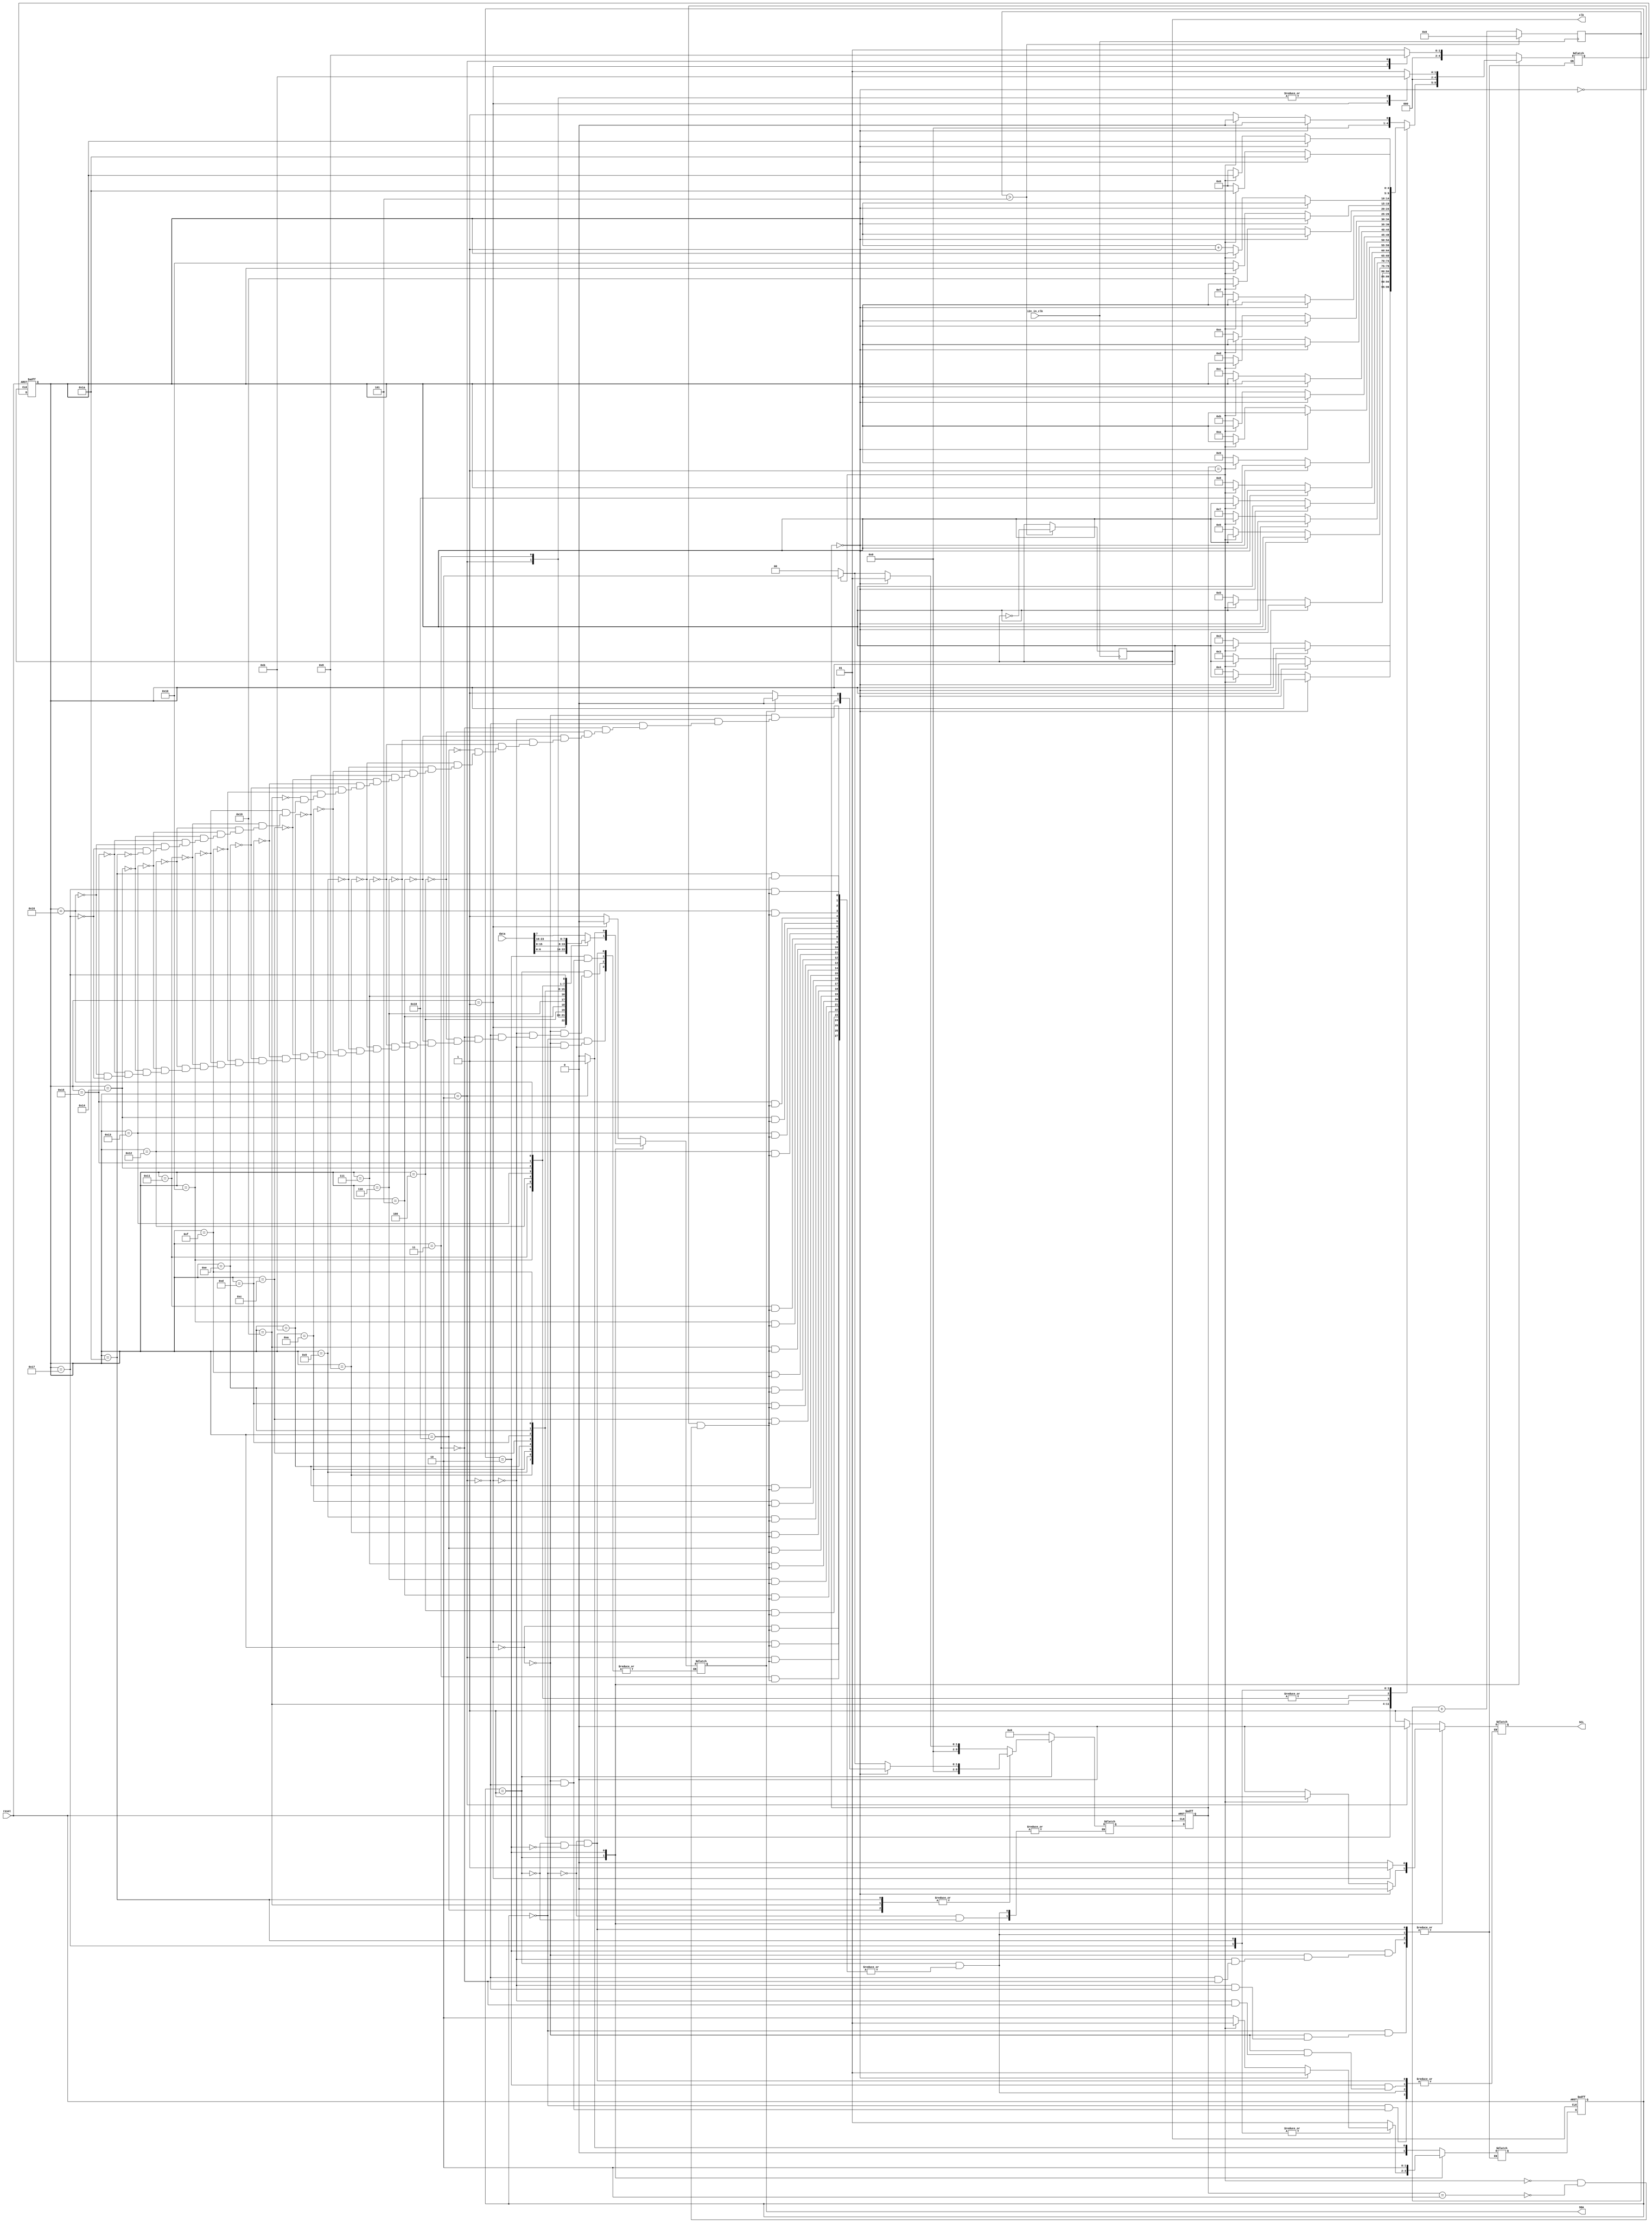


module i2c_driver (i2c_in_clk,reset, data, clk,SDA,SCL);

input i2c_in_clk;
input reset;
input [23:0] data ;
output clk;
output reg SDA;
output reg SCL;
//output reg [7:0] LED;

reg [31:0] counter;
reg clk_status;
reg sda_status;
reg [5:0] send_substate,next_send_substate;
reg [5:0] data_index,next_data_index;
 
//reg [7:0] LED_status;

localparam [9:0] I2C_clock = 1000;
localparam [31:0] I2C_clock_divider = 50000000/(2*I2C_clock);
	localparam [1:0] START = 2'b00,
						  SEND = 2'b01,
						  STOP = 2'b10;
reg [7:0] dummy_data;











initial begin
	counter <= 32'b0;
	clk_status <= 1'b0;
	sda_status <= 1'b0;
end

always @ (posedge i2c_in_clk) 
	begin
	counter <= counter + 1'b1;
		if (counter > 5)//125)//117)//5)//500)
			begin
				clk_status <= !clk_status;
				counter <= 32'b0;
			end


	end


	assign clk = clk_status;
	//assign clk = i2c_in_clk;
	//assign LED = LED_status;
//------------------------------------------------

reg [1:0] next_state,current_state;

reg [4:0] next_substate,current_substate;

always @ (posedge clk,negedge reset) 
	begin
			if(~reset)
				begin
					current_state <= START;
					current_substate <= 0;
					
					//data_index<= 0;
					send_substate <= 0;
					
					dummy_data <= 8'b01010101;
					
				end
			else
				begin
					current_state <=   next_state;
					current_substate <= next_substate;
					
					//data_index <= next_data_index ;
					send_substate <= next_send_substate;
					
					
				end
			
	end

	
						  
						  
	//localparam [7:0] SSD1306_ADDRESS = 8'h78;
	
						  
	always @(*)
		begin
		//LED[1:0] <= current_state;
		//LED[4:2] <= current_substate;
		//LED[7:5] <= send_substate;
			
			case(current_state)
					
						START : 
									begin
											//LED<= 8'b00000001; 
											
											case(current_substate)
															
														0:	
																	begin
																			SDA <= 1'b1;
																			SCL <= 1'b1;
																			next_substate <= 1;
																			next_state <= START;
																			
																	end
														1: 
																	begin
																			SDA <= 1'b0; //add SCL also
																			next_substate <= 2;
																			next_state <= START;
																	end
														2: 
																	begin
																			SCL <= 1'b0; //add SDA also
																			next_substate <= 0 ;
																			next_state <= SEND;
																			
																			
																	end
												endcase
												
											next_data_index   <= 0;
											next_send_substate <=0;
									 
									end
									
									
									
					SEND:
							begin
											//LED[1]<=  1;  
											case(current_substate)
															
														0:	
																	begin
																			//i2c_send(SDA, SCL, data,data_index,send_substate);
																			
																			if(send_substate == 0) 
																				begin
																					//SDA <=data[7]; //data[7] ;
																					SCL <= 0;
																					next_state <= SEND;
																					next_send_substate <= 1;
																					next_substate <= 0;
																					//LED[4]<= 1 ;//dummy_data[0] ;
																				end
																			
																			else if(send_substate == 1)
																				begin
																					//SDA <= data[7] ;
																					SCL <= 1;
																					
																					next_state <= SEND;
																					next_send_substate <= 2;
																					next_substate <= 0;
																				end
																			else if(send_substate == 2)
																				begin
																					//SDA <= data[7] ;
																					SCL <= 0;
																					
																					next_state <= SEND;
																					next_send_substate <= 0;
																					next_substate <= 1;
																
																				end
																		SDA <=data[7];
																		next_data_index <= data_index;
																			
																	end
														1: 
																	begin
																			 if(send_substate == 0) 
																				begin
																					//SDA <= data[6] ;
																					SCL <= 0;
																					next_state <= SEND;
																					next_send_substate <= 1;
																					next_substate <= current_substate;
																					//LED[6]<=  1 ;
																				end
																			
																			else if(send_substate == 1)
																				begin
																					//SDA <= data[6] ;
																					SCL <= 1;
																					next_state <= SEND;
																					next_send_substate <= 2;
																					next_substate <= current_substate;
																				end
																			else if(send_substate == 2)
																				begin
																					//SDA <= data[6] ;
																					SCL <= 0;
																					next_send_substate <= 0;
																					next_state <= SEND;
																					next_substate <= 2;
																				end
																			SDA <= data[6] ;
																			next_data_index <= data_index;

																	end
														2: 
																	begin
																			if(send_substate == 0) 
																				begin
																					//SDA <= data[5] ;
																					SCL <= 0;
																					next_state <= SEND;
																					next_send_substate <= 1;
																					next_substate <= current_substate;
																				end
																			
																			else if(send_substate == 1)
																				begin
																					//SDA <= data[5] ;
																					SCL <= 1;
																					next_state <= SEND;
																					next_send_substate <= 2;
																					next_substate <= current_substate;
																				end
																			else if(send_substate == 2)
																				begin
																					//SDA <= data[5] ;
																					SCL <= 0;
																					next_send_substate <= 0;
																					next_state <= SEND;
																					next_substate <= 3;
																				end
																			SDA <= data[5];
																			next_data_index <= data_index;
																			  
																	end
														3: 
																	begin
																			if(send_substate == 0) 
																				begin
																					//SDA <= data[4] ;
																					SCL <= 0;
																					next_state <= SEND;
																					next_send_substate <= 1;
																					next_substate <= current_substate;
																					//LED[6]<=  1 ;
																				end
																			
																			else if(send_substate == 1)
																				begin
																					//SDA <= data[4] ;
																					SCL <= 1;
																					next_state <= SEND;
																					next_send_substate <= 2;
																					next_substate <= current_substate;
																					next_data_index <= data_index;
																				end
																			else if(send_substate == 2)
																				begin
																					//SDA <= data[4] ;
																					SCL <= 0;
																					next_send_substate <= 0;
																					next_state <= SEND;
																					next_substate <= 4;
																				end
																			
																			SDA <= data[4] ;
																			next_data_index <= data_index;
																			  
																	end
														4: 
																	begin
																			if(send_substate == 0) 
																				begin
																					//SDA <= data[3] ;
																					SCL <= 0;
																					next_state <= SEND;
																					next_send_substate <= 1;
																					next_substate <= current_substate;
																					//LED[6]<=  1 ;
																				end
																			
																			else if(send_substate == 1)
																				begin
																					//SDA <= data[3] ;
																					SCL <= 1;
																					next_state <= SEND;
																					next_send_substate <= 2;
																					next_substate <= current_substate;
																				end
																			else if(send_substate == 2)
																				begin
																					//SDA <= data[3] ;
																					SCL <= 0;
																					next_send_substate <= 0;
																					next_state <= SEND;
																					next_substate <= 5;
																				end
																			SDA <= data[3] ;
																			next_data_index <= data_index;
																			  
																	end
														5: 
																	begin
																			if(send_substate == 0) 
																				begin
																					//SDA <= data[2] ;
																					SCL <= 0;
																					next_state <= SEND;
																					next_send_substate <= 1;
																					next_substate <= current_substate;
																					//LED[6]<=  1 ;
																				end
																			
																			else if(send_substate == 1)
																				begin
																					//SDA <= data[2] ;
																					SCL <= 1;
																					next_state <= SEND;
																					next_send_substate <= 2;
																					next_substate <= current_substate;
																				end
																			else if(send_substate == 2)
																				begin
																					//SDA <= data[2] ;
																					SCL <= 0;
																					next_send_substate <= 0;
																					next_state <= SEND;
																					next_substate <= 6;
																				end
																			SDA <= data[2] ;
																			next_data_index <= data_index;
																			  
																	end
														6: 
																	begin
																			if(send_substate == 0) 
																				begin
																					//SDA <= data[1] ;
																					SCL <= 0;
																					next_state <= SEND;
																					next_send_substate <= 1;
																					next_substate <= current_substate;
																					//LED[6]<=  1 ;
																				end
																			
																			else if(send_substate == 1)
																				begin
																					//SDA <= data[1] ;
																					SCL <= 1;
																					next_state <= SEND;
																					next_send_substate <= 2;
																					next_substate <= current_substate;
																				end
																			else if(send_substate == 2)
																				begin
																					//SDA <= data[1] ;
																					SCL <= 0;
																					next_send_substate <= 0;
																					next_state <= SEND;
																					next_substate <= 7;
																				end
																			SDA <= data[1] ;
																			next_data_index <= data_index;
																			  
																	end
														7: 
																	begin
																			if(send_substate == 0) 
																				begin
																					//SDA <= data[0] ;
																					SCL <= 0;
																					next_state <= SEND;
																					next_send_substate <= 1;
																					next_substate <= current_substate;
																					//LED[6]<=  1 ;
																				end
																			
																			else if(send_substate == 1)
																				begin
																					//SDA <= data[0] ;
																					SCL <= 1;
																					next_state <= SEND;
																					next_send_substate <= 2;
																					next_substate <= current_substate;
																				end
																			else if(send_substate == 2)
																				begin
																					//SDA <= data[0] ;
																					SCL <= 0;
																					next_send_substate <= 0;
																					next_substate <= 24;
																					next_state <= SEND;
																					
																				end
																				
																			SDA <= data[0] ;
																			
																	end
														24: 
																	begin
																			if(send_substate == 0) 
																				begin
																					//SDA <= data[0] ;
																					SCL <= 0;
																					next_state <= SEND;
																					
																					next_substate <= current_substate;
																					//LED[6]<=  1 ;
																					if(SDA  == 1)
																						next_send_substate <= 0;
																					else
																						next_send_substate <= 1;
																				end
																			
																			else if(send_substate == 1)
																				begin
																					//SDA <= data[0] ;
																					SCL <= 1;
																					next_state <= SEND;
																					next_send_substate <= 2;
																					next_substate <= current_substate;
																				end
																			else if(send_substate == 2)
																				begin
																					//SDA <= data[0] ;
																					SCL <= 0;
																					next_send_substate <= 0;
																					next_substate <= 8;
																					next_state <= SEND;
																					
																				end
																																				
																	end
														8:	
																	begin
																			//i2c_send(SDA, SCL, data,data_index,send_substate);
																			
																			if(send_substate == 0) 
																				begin
																					//SDA <=data[15]; //data[7] ;
																					SCL <= 0;
																					next_state <= SEND;
																					next_send_substate <= 1;
																					next_substate <= current_substate;
																					//LED[4]<= 1 ;//dummy_data[0] ;
																				end
																			
																			else if(send_substate == 1)
																				begin
																					//SDA <= data[15] ;
																					SCL <= 1;
																					
																					next_state <= SEND;
																					next_send_substate <= 2;
																					next_substate <= current_substate;
																				end
																			else if(send_substate == 2)
																				begin
																					//SDA <= data[15] ;
																					SCL <= 0;
																					
																					next_state <= SEND;
																					next_send_substate <= 0;
																					next_substate <= 9;
																
																				end
																		SDA <= data[15] ;
																		next_data_index <= data_index;
																			
																	end
														9: 
																	begin
																			 if(send_substate == 0) 
																				begin
																					//SDA <= data[14] ;
																					SCL <= 0;
																					next_state <= SEND;
																					next_send_substate <= 1;
																					next_substate <= current_substate;
																					//LED[6]<=  1 ;
																				end
																			
																			else if(send_substate == 1)
																				begin
																					//SDA <= data[14] ;
																					SCL <= 1;
																					next_state <= SEND;
																					next_send_substate <= 2;
																					next_substate <= current_substate;
																				end
																			else if(send_substate == 2)
																				begin
																					//SDA <= data[14] ;
																					SCL <= 0;
																					next_send_substate <= 0;
																					next_state <= SEND;
																					next_substate <= 10;
																				end
																			SDA <= data[14] ;
																			next_data_index <= data_index;

																	end
														10: 
																	begin
																			if(send_substate == 0) 
																				begin
																					//SDA <= data[13] ;
																					SCL <= 0;
																					next_state <= SEND;
																					next_send_substate <= 1;
																					next_substate <= current_substate;
																				end
																			
																			else if(send_substate == 1)
																				begin
																					//SDA <= data[13] ;
																					SCL <= 1;
																					next_state <= SEND;
																					next_send_substate <= 2;
																					next_substate <= current_substate;
																				end
																			else if(send_substate == 2)
																				begin
																					//SDA <= data[13] ;
																					SCL <= 0;
																					next_send_substate <= 0;
																					next_state <= SEND;
																					next_substate <= 11;
																				end
																			SDA <= data[13] ;
																			next_data_index <= data_index;
																			  
																	end
														11: 
																	begin
																			if(send_substate == 0) 
																				begin
																					//SDA <= data[12] ;
																					SCL <= 0;
																					next_state <= SEND;
																					next_send_substate <= 1;
																					next_substate <= current_substate;
																					//LED[6]<=  1 ;
																				end
																			
																			else if(send_substate == 1)
																				begin
																					//SDA <= data[12] ;
																					SCL <= 1;
																					next_state <= SEND;
																					next_send_substate <= 2;
																					next_substate <= current_substate;
																					next_data_index <= data_index;
																				end
																			else if(send_substate == 2)
																				begin
																					//SDA <= data[12] ;
																					SCL <= 0;
																					next_send_substate <= 0;
																					next_state <= SEND;
																					next_substate <= 12;
																				end
																			
																			SDA <= data[12] ;
																			next_data_index <= data_index;
																			  
																	end
														12: 
																	begin
																			if(send_substate == 0) 
																				begin
																					//SDA <= data[11] ;
																					SCL <= 0;
																					next_state <= SEND;
																					next_send_substate <= 1;
																					next_substate <= current_substate;
																					//LED[6]<=  1 ;
																				end
																			
																			else if(send_substate == 1)
																				begin
																					//SDA <= data[11] ;
																					SCL <= 1;
																					next_state <= SEND;
																					next_send_substate <= 2;
																					next_substate <= current_substate;
																				end
																			else if(send_substate == 2)
																				begin
																					//SDA <= data[11] ;
																					SCL <= 0;
																					next_send_substate <= 0;
																					next_state <= SEND;
																					next_substate <= 13;
																				end
																				
																			SDA <= data[11] ;
																			next_data_index <= data_index;
																			  
																	end
														13: 
																	begin
																			if(send_substate == 0) 
																				begin
																					//SDA <= data[10] ;
																					SCL <= 0;
																					next_state <= SEND;
																					next_send_substate <= 1;
																					next_substate <= current_substate;
																					//LED[6]<=  1 ;
																				end
																			
																			else if(send_substate == 1)
																				begin
																					//SDA <= data[10] ;
																					SCL <= 1;
																					next_state <= SEND;
																					next_send_substate <= 2;
																					next_substate <= current_substate;
																				end
																			else if(send_substate == 2)
																				begin
																					//SDA <= data[10] ;
																					SCL <= 0;
																					next_send_substate <= 0;
																					next_state <= SEND;
																					next_substate <= 14;
																				end
																			SDA <= data[10] ;
																			next_data_index <= data_index;
																			  
																	end
														14: 
																	begin
																			if(send_substate == 0) 
																				begin
																					//SDA <= data[9] ;
																					SCL <= 0;
																					next_state <= SEND;
																					next_send_substate <= 1;
																					next_substate <= current_substate;
																					//LED[6]<=  1 ;
																				end
																			
																			else if(send_substate == 1)
																				begin
																					//SDA <= data[9] ;
																					SCL <= 1;
																					next_state <= SEND;
																					next_send_substate <= 2;
																					next_substate <= current_substate;
																				end
																			else if(send_substate == 2)
																				begin
																					//SDA <= data[9] ;
																					SCL <= 0;
																					next_send_substate <= 0;
																					next_state <= SEND;
																					next_substate <= 15;
																				end
																			SDA <= data[9] ;
																			next_data_index <= data_index;
																			  
																	end
														15: 
																	begin
																			if(send_substate == 0) 
																				begin
																					//SDA <= data[8] ;
																					SCL <= 0;
																					next_state <= SEND;
																					next_send_substate <= 1;
																					next_substate <= current_substate;
																					//LED[6]<=  1 ;
																				end
																			
																			else if(send_substate == 1)
																				begin
																					//SDA <= data[8] ;
																					SCL <= 1;
																					next_state <= SEND;
																					next_send_substate <= 2;
																					next_substate <= current_substate;
																				end
																			else if(send_substate == 2)
																				begin
																					//SDA <= data[8] ;
																					SCL <= 0;
																					next_send_substate <= 0;
																					next_substate <= 25;
																					next_state <= SEND;
																					
																				end
																			
																			SDA <= data[8] ;
																			
																			  
																	end
														
														25: 
																	begin
																			if(send_substate == 0) 
																				begin
																					//SDA <= data[0] ;
																					SCL <= 0;
																					next_state <= SEND;
																					
																					next_substate <= current_substate;
																					//LED[6]<=  1 ;
																					if(SDA  == 1)
																						next_send_substate <= 0;
																					else
																						next_send_substate <= 1;
																				end
																			
																			else if(send_substate == 1)
																				begin
																					//SDA <= data[0] ;
																					SCL <= 1;
																					next_state <= SEND;
																					next_send_substate <= 2;
																					next_substate <= current_substate;
																				end
																			else if(send_substate == 2)
																				begin
																					//SDA <= data[0] ;
																					SCL <= 0;
																					next_send_substate <= 0;
																					next_substate <= 16;
																					next_state <= SEND;
																					
																				end
																																				
																	end
														
														16:	
																	begin
																			//i2c_send(SDA, SCL, data,data_index,send_substate);
																			
																			if(send_substate == 0) 
																				begin
																					//SDA <=data[23]; //data[7] ;
																					SCL <= 0;
																					next_state <= SEND;
																					next_send_substate <= 1;
																					next_substate <= current_substate;
																					//LED[4]<= 1 ;//dummy_data[0] ;
																				end
																			
																			else if(send_substate == 1)
																				begin
																					//SDA <= data[23] ;
																					SCL <= 1;
																					
																					next_state <= SEND;
																					next_send_substate <= 2;
																					next_substate <= current_substate;
																				end
																			else if(send_substate == 2)
																				begin
																					//SDA <= data[23] ;
																					SCL <= 0;
																					
																					next_state <= SEND;
																					next_send_substate <= 0;
																					next_substate <= current_substate+1;
																
																				end
																		SDA <=data[23];
																		next_data_index <= data_index;
																			
																	end
														17: 
																	begin
																			 if(send_substate == 0) 
																				begin
																					//SDA <= data[22] ;
																					SCL <= 0;
																					next_state <= SEND;
																					next_send_substate <= 1;
																					next_substate <= current_substate;
																					//LED[6]<=  1 ;
																				end
																			
																			else if(send_substate == 1)
																				begin
																					//SDA <= data[22] ;
																					SCL <= 1;
																					next_state <= SEND;
																					next_send_substate <= 2;
																					next_substate <= current_substate;
																				end
																			else if(send_substate == 2)
																				begin
																					//SDA <= data[22] ;
																					SCL <= 0;
																					next_send_substate <= 0;
																					next_state <= SEND;
																					next_substate <= current_substate+1;
																				end
																			SDA <= data[22] ;
																			next_data_index <= data_index;

																	end
														18: 
																	begin
																			if(send_substate == 0) 
																				begin
																					//SDA <= data[21] ;
																					SCL <= 0;
																					next_state <= SEND;
																					next_send_substate <= 1;
																					next_substate <= current_substate;
																				end
																			
																			else if(send_substate == 1)
																				begin
																					//SDA <= data[21] ;
																					SCL <= 1;
																					next_state <= SEND;
																					next_send_substate <= 2;
																					next_substate <= current_substate;
																				end
																			else if(send_substate == 2)
																				begin
																					//SDA <= data[21] ;
																					SCL <= 0;
																					next_send_substate <= 0;
																					next_state <= SEND;
																					next_substate <= current_substate+1;
																				end
																			SDA <= data[21] ;
																			next_data_index <= data_index;
																			  
																	end
														19: 
																	begin
																			if(send_substate == 0) 
																				begin
																					//SDA <= data[20] ;
																					SCL <= 0;
																					next_state <= SEND;
																					next_send_substate <= 1;
																					next_substate <= current_substate;
																					//LED[6]<=  1 ;
																				end
																			
																			else if(send_substate == 1)
																				begin
																					//SDA <= data[20] ;
																					SCL <= 1;
																					next_state <= SEND;
																					next_send_substate <= 2;
																					next_substate <= current_substate;
																					next_data_index <= data_index;
																				end
																			else if(send_substate == 2)
																				begin
																					//SDA <= data[20] ;
																					SCL <= 0;
																					next_send_substate <= 0;
																					next_state <= SEND;
																					next_substate <= current_substate+1;
																				end
																			
																			SDA <= data[20] ;
																			next_data_index <= data_index;
																			  
																	end
														20: 
																	begin
																			if(send_substate == 0) 
																				begin
																					//SDA <= data[19] ;
																					SCL <= 0;
																					next_state <= SEND;
																					next_send_substate <= 1;
																					next_substate <= current_substate;
																					//LED[6]<=  1 ;
																				end
																			
																			else if(send_substate == 1)
																				begin
																					//SDA <= data[19] ;
																					SCL <= 1;
																					next_state <= SEND;
																					next_send_substate <= 2;
																					next_substate <= current_substate;
																				end
																			else if(send_substate == 2)
																				begin
																					//SDA <= data[19] ;
																					SCL <= 0;
																					next_send_substate <= 0;
																					next_state <= SEND;
																					next_substate <= current_substate+1;
																				end
																			SDA <= data[19] ;
																			next_data_index <= data_index;
																			  
																	end
														21: 
																	begin
																			if(send_substate == 0) 
																				begin
																					//SDA <= data[18] ;
																					SCL <= 0;
																					next_state <= SEND;
																					next_send_substate <= 1;
																					next_substate <= current_substate;
																					//LED[6]<=  1 ;
																				end
																			
																			else if(send_substate == 1)
																				begin
																					//SDA <= data[18] ;
																					SCL <= 1;
																					next_state <= SEND;
																					next_send_substate <= 2;
																					next_substate <= current_substate;
																				end
																			else if(send_substate == 2)
																				begin
																					//SDA <= data[18] ;
																					SCL <= 0;
																					next_send_substate <= 0;
																					next_state <= SEND;
																					next_substate <= current_substate+1;
																				end
																			SDA <= data[18] ;
																			next_data_index <= data_index;
																			  
																	end
														22: 
																	begin
																			if(send_substate == 0) 
																				begin
																					//SDA <= data[17] ;
																					SCL <= 0;
																					next_state <= SEND;
																					next_send_substate <= 1;
																					next_substate <= current_substate;
																					//LED[6]<=  1 ;
																				end
																			
																			else if(send_substate == 1)
																				begin
																					//SDA <= data[17] ;
																					SCL <= 1;
																					next_state <= SEND;
																					next_send_substate <= 2;
																					next_substate <= current_substate;
																				end
																			else if(send_substate == 2)
																				begin
																					//SDA <= data[17] ;
																					SCL <= 0;
																					next_send_substate <= 0;
																					next_state <= SEND;
																					next_substate <= current_substate+1;
																				end
																			SDA <= data[17] ;
																			next_data_index <= data_index;
																			  
																	end
														23: 
																	begin
																			if(send_substate == 0) 
																				begin
																					//SDA <= data[16] ;
																					SCL <= 0;
																					next_state <= SEND;
																					next_send_substate <= 1;
																					next_substate <= current_substate;
																					//LED[6]<=  1 ;
																				end
																			
																			else if(send_substate == 1)
																				begin
																					//SDA <= data[16] ;
																					SCL <= 1;
																					next_state <= SEND;
																					next_send_substate <= 2;
																					next_substate <= current_substate;
																				end
																			else if(send_substate == 2)
																				begin
																					//SDA <= data[16] ;
																					SCL <= 0;
																					next_send_substate <= 0;
																					next_substate <= 0;
																					next_state <= 26;
																					
																				end
																			SDA <= data[16] ;
																			
																			
																			  
																	end
														26: 
																	begin
																			if(send_substate == 0) 
																				begin
																					//SDA <= data[0] ;
																					SCL <= 0;
																					next_state <= SEND;
																					
																					next_substate <= 26;
																					//LED[6]<=  1 ;
																					if(SDA  == 1)
																						next_send_substate <= 0;
																					else
																						next_send_substate <= 1;
																				end
																			
																			else if(send_substate == 1)
																				begin
																					//SDA <= data[0] ;
																					SCL <= 1;
																					next_state <= SEND;
																					next_send_substate <= 2;
																					next_substate <= 26;
																				end
																			else if(send_substate == 2)
																				begin
																					//SDA <= data[0] ;
																					SCL <= 0;
																					next_send_substate <= 0;
																					next_substate <= 0;
																					next_state <= STOP;
																					
																				end
																																				
																	end
												endcase
												
												
									
									
							end
					
					STOP:
							begin
										//LED[2]<=  1;  
										case(current_substate)
													
													0:
														begin
																SDA <= 1'b0;
																SCL <= 1'b0;
																next_substate <= 1 ;
																next_state <= STOP;
														end
													1:
														begin
																SCL <= 1'b1;
																next_substate <= 2 ;
																next_state <= STOP;
														end
													2:
														begin
																SDA <= 1'b1;
																next_substate <= 3 ;
																next_state <= STOP;
														end
													3:   // remove this if not word : double about this state as SCL should remain 1
														begin
																SCL <= 1'b0;
																next_substate <= 3 ;
																next_state <= STOP;
																//LED[3]<=  1;
														end
													
											
										endcase
							end
			endcase			
		
		
		end
	

	
	
endmodule 




//module OLED_driver (CLOCK_50,reset,OPERATION,SDA,SCL, driver_clock,LED);
module OLED_driver (CLOCK_50,reset,OPERATION,data,in_cursor_x,in_cursor_y,SDA,SCL,driver_clock,data_index,data_for_index,busy,font_size,char_size);
	
	input CLOCK_50;
	input reset;
	input [7:0] OPERATION;
	input [15:0] data;
	input [7:0] in_cursor_x,in_cursor_y;
	//output reg driver_clock;
	inout  SDA;
	output  SCL;
	output reg driver_clock;
	output reg [15:0] data_index;
	input [7:0] data_for_index;
	output reg busy;
	input [7:0] font_size;
	input [7:0] char_size;
	//output reg [1:0] LED;
	
	reg [31:0] counter;
	reg [9:0] substate;
	reg [1:0] OLED_write_state;
	reg [2:0] set_cursor_state;
	reg [7:0] state;
	reg [23:0] in_data;
	reg i2c_reset;
	reg [7:0] cursor_x,cursor_y;
	reg [7:0] screen_buffer [7:0][127:0];	
	reg [7 : 0] FONT [0 : 3167] ;
	reg [7:0] char_byte_count;
	reg [15:0] char_pixel_index;
	
		localparam [7:0] SSD1306_ADDRESS =8'h78,
							COMMAND_REG = 8'h80,
							DATA_REG = 8'h40,
							ON_CMD = 8'hAF,
							NORMAL_DISPLAY_CMD = 8'hA6,
							ADDRESSING_MODE = 8'h20,
						   PAGE_ADDRESSING_MODE = 8'h02,
							charge_pump_1 = 8'h8D,
							charge_pump_2 = 8'h14;
							
		
		localparam [7:0] IDLE =0,
							  INIT_OLED= 1,
							  CLEAR_DISPLAY = 2,
							  DISPLAY_CHAR = 3;

	i2c_driver i2c(CLOCK_50,i2c_reset, in_data, clk,SDA,SCL);
	
	initial begin
		counter <= 32'b0;
		driver_clock <= 1'b0;
		
		//state <= IDLE;
		//$readmemh("English_font.hex", FONT ) ;
		
	end
	
	
	

	
	
	
	always @ (posedge driver_clock,posedge reset)
			begin
					
					if(reset)
					begin
								state <= OPERATION;
								//LED[0]<= 1;
								//LED[1]<= 0;
								//LED <= {FONT[0][4],FONT[0][0]};
					end
					else
					begin
					
					case (OPERATION)
								IDLE:
									begin
										
										substate <= 0;
										state <= IDLE;
										i2c_reset <= 0;
										OLED_write_state <= 0;
										set_cursor_state <= 0;
										busy <= 0;
										//LED[0]<= 0;
										//LED[1]<= 1;
										//LED <= {FONT[1][4],FONT[1][0]};
									end
									
								INIT_OLED:
								   begin
										
										//LED[0]<= 1;
										//LED[1]<= 1;
										//LED <= {FONT[2][4],FONT[2][0]};
										if(substate == 0)
											begin
														OLED_write_state <= 0;
														substate         <= substate+1 ;
														busy <= 1;
											end
										else if(substate == 1)
											begin
														OLED_write_task ({ON_CMD,COMMAND_REG,SSD1306_ADDRESS});
														
														
														check_for_next_substate ();
		
														
															
											end
										else if(substate == 2)
											begin
													OLED_write_task ({NORMAL_DISPLAY_CMD,COMMAND_REG,SSD1306_ADDRESS});
														check_for_next_substate ();
		
											end
										else if(substate == 3)
											begin
													OLED_write_task ({ADDRESSING_MODE,COMMAND_REG,SSD1306_ADDRESS});
														check_for_next_substate ();
		
											end
										else if(substate == 4)
											begin
													OLED_write_task ({PAGE_ADDRESSING_MODE,COMMAND_REG,SSD1306_ADDRESS});
														check_for_next_substate ();														

											end
										else if(substate == 5)
											begin
													OLED_write_task ({charge_pump_1,COMMAND_REG,SSD1306_ADDRESS});
													check_for_next_substate ();
											end
										else if(substate == 6)
											begin
													OLED_write_task ({charge_pump_2,COMMAND_REG,SSD1306_ADDRESS});
													check_for_next_substate ();
											end
										else if(substate == 7)
											begin
												substate <=8;
													/*OLED_set_cursor_task(0,0);
													if(set_cursor_state == 4)
														begin
															substate <= substate+1 ;
															OLED_write_state <= 0;
														end
													else
														begin
															substate <= substate;
														end*/
													
											end
										else if(substate == 8)
											begin
														
														state <= state;
														substate <=substate;
														busy <= 0;
														//substate <=8;
											
											end

									end
								CLEAR_DISPLAY:
										begin
											case (substate)
														
																	0: 
																		begin
																			cursor_x<=0;
																			cursor_y<=0;
																			OLED_write_state <= 0;
																			substate <= substate+1 ;
																			state <= CLEAR_DISPLAY;
																			busy <= 1;
																			
																		end
																	1:
																		begin
																			
																			
																			OLED_set_cursor_task(cursor_x,cursor_y);
																			
																			if(set_cursor_state == 4)
																				begin
																					substate <= substate+1 ;
																					OLED_write_state <= 0;
																					set_cursor_state <=0;
																					state <= CLEAR_DISPLAY;
																				end
																			else
																				begin
																					substate <= substate;
																					state <= CLEAR_DISPLAY;
																				end
																		end
																	
																	2: 
																		begin
																				screen_buffer[cursor_y][cursor_x] <= 8'h00;
																				OLED_write_task ({8'h00,DATA_REG,SSD1306_ADDRESS});
																				check_for_next_substate();	
																				state <= CLEAR_DISPLAY;																				
																					
																		end
																	3: 
																		begin
																			
																			if (cursor_x < 127)
																				begin
																						cursor_x <= cursor_x+1;
																						substate <= 1;
																						state <= CLEAR_DISPLAY;
																				end
																			else
																				begin
																						if(cursor_y < 7)
																							begin
																									cursor_y <= cursor_y+1;
																									cursor_x <=0;
																									substate <= 1;
																									state <= CLEAR_DISPLAY;
																									
																							end
																						else
																							begin
																									cursor_x <= 0;
																									cursor_y <= 0;
																									substate <= 4;
																									state <= CLEAR_DISPLAY;
																							end
																				end																			
																																				
																																				
																		end
																	4:
																		begin
																				//LED[0]<= 0;
																				//LED[1]<= 0;
																				//LED <= {FONT[3][4],FONT[3][0]};
																				substate <= 4;
																				state <= DISPLAY_CHAR;
																				busy <= 0;
																				
																		end
																		
											
											
											endcase
										end	
								
								
								DISPLAY_CHAR:
										begin
											case (substate)
														
																	0: 
																		begin
																			cursor_x<=in_cursor_x;
																			cursor_y<=in_cursor_y;
																			char_byte_count <= 0;
																			char_pixel_index <= data;//data;//2146;  //65*33+1
																			data_index <= data;
																			OLED_write_state <= 0;
																			substate <= substate+1 ;
																			state <= state;
																			busy <= 1;
																			
																			
																		end
																	1:
																		begin
																			
																			
																			OLED_set_cursor_task(cursor_x,cursor_y);
																			
																			if(set_cursor_state == 4)
																				begin
																					substate <= substate+1 ;
																					OLED_write_state <= 0;
																					set_cursor_state <=0;
																					state <= state;
																				end
																			else
																				begin
																					substate <= substate;
																					state <= state;
																				end
																		end
																	
																	2: 
																		begin
																				screen_buffer[cursor_y][cursor_x] <= screen_buffer[cursor_y][cursor_x] | data_for_index;
																				OLED_write_task ({screen_buffer[cursor_y][cursor_x] | data_for_index,DATA_REG,SSD1306_ADDRESS});
																				//OLED_write_task ({data_for_index,DATA_REG,SSD1306_ADDRESS});
																				check_for_next_substate();	
																				state <= state;																				
																					
																		end
																	3: 
																		begin
																			
																			if (char_byte_count < (char_size - 1))
																				begin
																						if(char_byte_count % font_size == 1)
																							begin
																									cursor_y <= in_cursor_y+1;//1;
																							end
																						else if(char_byte_count % font_size == 2)
																							begin
																									cursor_y <= in_cursor_y+2;
																							end
																						else if(char_byte_count % font_size == 3)
																							begin
																									cursor_y <= in_cursor_y+3;
																							end
																						else
																							begin
																								cursor_x <= cursor_x+1;
																								cursor_y <=in_cursor_y;//0;
																							end
																						char_byte_count <= char_byte_count + 1;
																						char_pixel_index <= char_pixel_index+1;
																						data_index <= char_pixel_index;
																						substate <= 1;
																						state <= state;
																				end
																			else
																				begin
																						cursor_x <= 0;
																						cursor_y <= 0;
																						substate <= 4;
																						state <= state;
																				end																			
																																				
																																				
																		end
																	4:
																		begin
																				//LED[0]<= 0;
																				//LED[1]<= 0;
																				//LED <= {FONT[3][4],FONT[3][0]};
																				substate <= substate;
																				state <= state;
																				busy <= 0;
																		end
											
											
											endcase
										end				
								
								

					
					endcase
					end

			end
	
	
	always @ (posedge CLOCK_50) 
	begin
	counter <= counter + 1'b1;
		if (counter > 500)//7000)//30000)//300)//500) //50000)//50000000)//50000000)
			begin
				driver_clock <= !driver_clock;
				counter <= 32'b0;
			end

	end
	
	
	
	
	task automatic OLED_set_cursor_task (input [7:0] x,
		input [7:0] y);
		
		
		
		begin: task_4
					case (set_cursor_state)
							
														0:
															begin
																	OLED_write_state <= 0;		
																	set_cursor_state <= 1;
															end
														1:
															begin
																	//OLED_write_task ({x & 8'h0F ,COMMAND_REG,SSD1306_ADDRESS});
																	OLED_write_task ({{4'b0000,x[3:0]} ,COMMAND_REG,SSD1306_ADDRESS});
																	check_for_next_cursor_state();
															end
														2: 
															begin
																	//OLED_write_task ({ 8'h10 + ((x>>4) & 8'h0F),COMMAND_REG,SSD1306_ADDRESS});
																	OLED_write_task ({ 8'h10 + x[7:4],COMMAND_REG,SSD1306_ADDRESS});
																	check_for_next_cursor_state();
															end
														3: 
															begin
																	OLED_write_task ({8'hB0 + y,COMMAND_REG,SSD1306_ADDRESS});
																	check_for_next_cursor_state();
															end
										endcase
				
				
				
				
		end
	
	endtask
	
	
	
	
	
	task automatic check_for_next_cursor_state ();
		
		
		begin: task_5
					if(OLED_write_state == 3)
						begin
							set_cursor_state <= set_cursor_state+1 ;
							OLED_write_state <= 0;
						end
					else
						begin
							set_cursor_state <= set_cursor_state;

						end
		
		end	
	
	endtask
	
	
	
	
	
	
	
	
	task automatic check_for_next_substate ();
		
		
		begin: task_3
					if(OLED_write_state == 3)
															begin
																substate <= substate+1 ;
																OLED_write_state <= 0;
															end
														else
															begin
																substate <= substate;
															end
		
		end	
	
	endtask
	
	task automatic OLED_write_task (
								input [23:0] task_data
							);
				
			begin: task_2
							case (OLED_write_state)
							
														0:
															begin
																	in_data <= task_data;
																	i2c_reset <= 0;
																	OLED_write_state <= OLED_write_state+1;
																
															end
														1:
															begin
																	in_data <= task_data;
																	i2c_reset <= 1;
																	OLED_write_state <= 3;
															end
										endcase
				end	
				
				
	endtask
	
	
	


endmodule